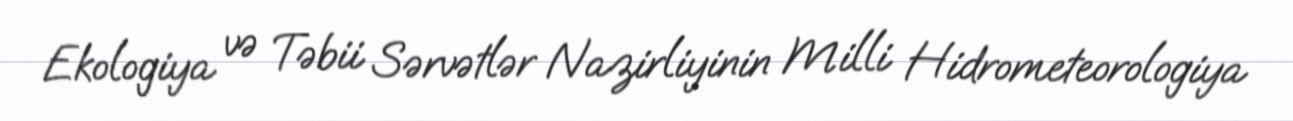
Ekologiya və Təbii Sərvətlər Nazirliyinin Milli Hidrometeorologiya